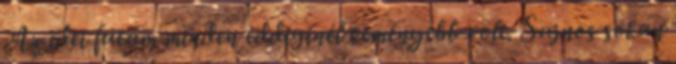
Az idei futam minden eddiginél keményebb volt. Sajnos sokan